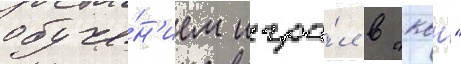
обуче́н'ием игра́л в "квн"